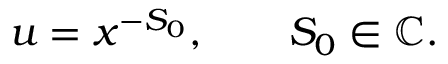
u = x ^ { - S _ { 0 } } , \qquad S _ { 0 } \in \mathbb { C } .